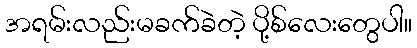
အရမ်းလည်းမခက်ခဲတဲ့ ပို့စ်လေးတွေပါ။